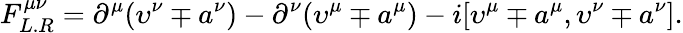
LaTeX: F_{L.R}^{\mu\nu}=\partial^{\mu}(\upsilon^{\nu}\mp a^{\nu})-\partial^{\nu}(\upsilon^{\mu}\mp a^{\mu})-i[\upsilon^{\mu}\mp a^{\mu},\upsilon^{\nu}\mp a^{\nu}].